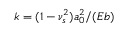
k = ( 1 - \nu _ { s } ^ { 2 } ) { a _ { 0 } ^ { 2 } } / ( E b )